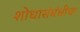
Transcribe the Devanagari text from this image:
शोधासंबंधीचा